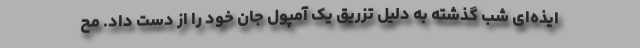
ایذه‌ای شب گذشته به دلیل تزریق یک آمپول جان خود را از دست داد. مح